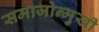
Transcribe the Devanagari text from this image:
समाजोन्मुखी